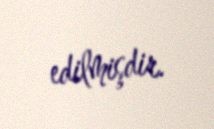
edilmişdir.